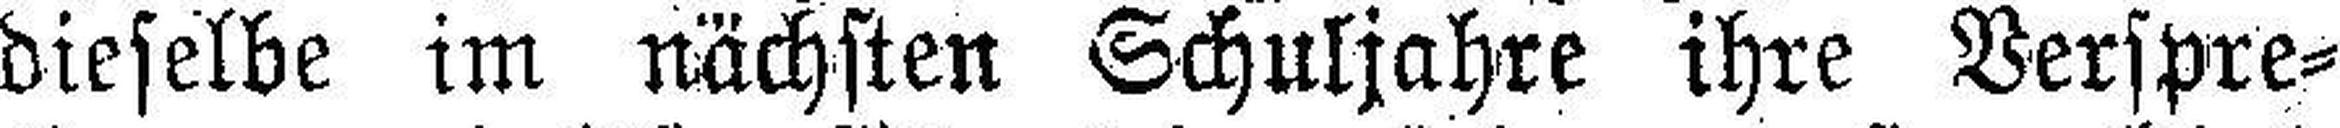
dieselbe im nächsten Schuljahre ihre Verspre¬